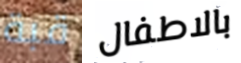
قبة بالاطفال